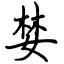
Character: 婪